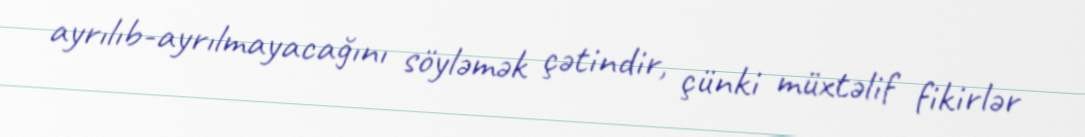
ayrılıb-ayrılmayacağını söyləmək çətindir, çünki müxtəlif fikirlər